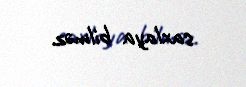
saxlaya bilməz.